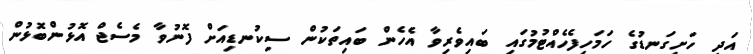
އަދި ހަށިގަނޑުގެ ހަމަހިފެހެއްޓުމުގައި ބައިވެރިވާ އެހެން ބައިތަކުން ސިކުނޑިއަށް ފޮނުވާ މެސެޖް އޮޅުންބޮޅުން